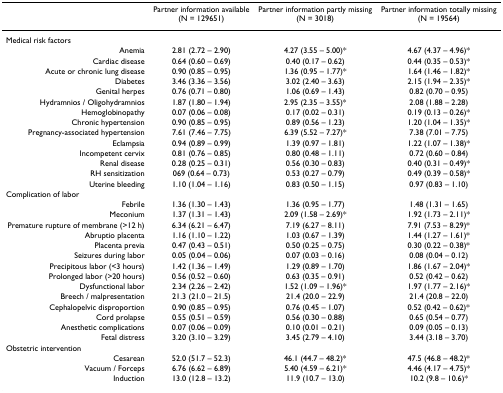
<table><thead><tr><td></td><td><b>Partner information available (N = 129651)</b></td><td><b>Partner information partly missing (N = 3018)</b></td><td><b>Partner information totally missing (N = 19564)</b></td></tr></thead><tbody><tr><td>Medical risk factors</td><td></td><td></td><td></td></tr><tr><td>Anemia</td><td>2.81 (2.72 – 2.90)</td><td>4.27 (3.55 – 5.00)*</td><td>4.67 (4.37 – 4.96)*</td></tr><tr><td>Cardiac disease</td><td>0.64 (0.60 – 0.69)</td><td>0.40 (0.17 – 0.62)</td><td>0.44 (0.35 – 0.53)*</td></tr><tr><td>Acute or chronic lung disease</td><td>0.90 (0.85 – 0.95)</td><td>1.36 (0.95 – 1.77)*</td><td>1.64 (1.46 – 1.82)*</td></tr><tr><td>Diabetes</td><td>3.46 (3.36 – 3.56)</td><td>3.02 (2.40 – 3.63)</td><td>2.15 (1.94 – 2.35)*</td></tr><tr><td>Genital herpes</td><td>0.76 (0.71 – 0.80)</td><td>1.06 (0.69 – 1.43)</td><td>0.82 (0.70 – 0.95)</td></tr><tr><td>Hydramnios / Oligohydramnios</td><td>1.87 (1.80 – 1.94)</td><td>2.95 (2.35 – 3.55)*</td><td>2.08 (1.88 – 2.28)</td></tr><tr><td>Hemoglobinopathy</td><td>0.07 (0.06 – 0.08)</td><td>0.17 (0.02 – 0.31)</td><td>0.19 (0.13 – 0.26)*</td></tr><tr><td>Chronic hypertension</td><td>0.90 (0.85 – 0.95)</td><td>0.89 (0.56 – 1.23)</td><td>1.20 (1.04 – 1.35)*</td></tr><tr><td>Pregnancy-associated hypertension</td><td>7.61 (7.46 – 7.75)</td><td>6.39 (5.52 – 7.27)*</td><td>7.38 (7.01 – 7.75)</td></tr><tr><td>Eclampsia</td><td>0.94 (0.89 – 0.99)</td><td>1.39 (0.97 – 1.81)</td><td>1.22 (1.07 – 1.38)*</td></tr><tr><td>Incompetent cervix</td><td>0.81 (0.76 – 0.85)</td><td>0.80 (0.48 – 1.11)</td><td>0.72 (0.60 – 0.84)</td></tr><tr><td>Renal disease</td><td>0.28 (0.25 – 0.31)</td><td>0.56 (0.30 – 0.83)</td><td>0.40 (0.31 – 0.49)*</td></tr><tr><td>RH sensitization</td><td>069 (0.64 – 0.73)</td><td>0.53 (0.27 – 0.79)</td><td>0.49 (0.39 – 0.58)*</td></tr><tr><td>Uterine bleeding</td><td>1.10 (1.04 – 1.16)</td><td>0.83 (0.50 – 1.15)</td><td>0.97 (0.83 – 1.10)</td></tr><tr><td>Complication of labor</td><td></td><td></td><td></td></tr><tr><td>Febrile</td><td>1.36 (1.30 – 1.43)</td><td>1.36 (0.95 – 1.77)</td><td>1.48 (1.31 – 1.65)</td></tr><tr><td>Meconium</td><td>1.37 (1.31 – 1.43)</td><td>2.09 (1.58 – 2.69)*</td><td>1.92 (1.73 – 2.11)*</td></tr><tr><td>Premature rupture of membrane (&gt;12 h)</td><td>6.34 (6.21 – 6.47)</td><td>7.19 (6.27 – 8.11)</td><td>7.91 (7.53 – 8.29)*</td></tr><tr><td>Abruptio placenta</td><td>1.16 (1.10 – 1.22)</td><td>1.03 (0.67 – 1.39)</td><td>1.44 (1.27 – 1.61)*</td></tr><tr><td>Placenta previa</td><td>0.47 (0.43 – 0.51)</td><td>0.50 (0.25 – 0.75)</td><td>0.30 (0.22 – 0.38)*</td></tr><tr><td>Seizures during labor</td><td>0.05 (0.04 – 0.06)</td><td>0.07 (0.03 – 0.16)</td><td>0.08 (0.04 – 0.12)</td></tr><tr><td>Precipitous labor (&lt;3 hours)</td><td>1.42 (1.36 – 1.49)</td><td>1.29 (0.89 – 1.70)</td><td>1.86 (1.67 – 2.04)*</td></tr><tr><td>Prolonged labor (&gt;20 hours)</td><td>0.56 (0.52 – 0.60)</td><td>0.63 (0.35 – 0.91)</td><td>0.52 (0.42 – 0.62)</td></tr><tr><td>Dysfunctional labor</td><td>2.34 (2.26 – 2.42)</td><td>1.52 (1.09 – 1.96)*</td><td>1.97 (1.77 – 2.16)*</td></tr><tr><td>Breech / malpresentation</td><td>21.3 (21.0 – 21.5)</td><td>21.4 (20.0 – 22.9)</td><td>21.4 (20.8 – 22.0)</td></tr><tr><td>Cephalopelvic disproportion</td><td>0.90 (0.85 – 0.95)</td><td>0.76 (0.45 – 1.07)</td><td>0.52 (0.42 – 0.62)*</td></tr><tr><td>Cord prolapse</td><td>0.55 (0.51 – 0.59)</td><td>0.56 (0.30 – 0.88)</td><td>0.65 (0.54 – 0.77)</td></tr><tr><td>Anesthetic complications</td><td>0.07 (0.06 – 0.09)</td><td>0.10 (0.01 – 0.21)</td><td>0.09 (0.05 – 0.13)</td></tr><tr><td>Fetal distress</td><td>3.20 (3.10 – 3.29)</td><td>3.45 (2.79 – 4.10)</td><td>3.44 (3.18 – 3.70)</td></tr><tr><td>Obstetric intervention</td><td></td><td></td><td></td></tr><tr><td>Cesarean</td><td>52.0 (51.7 – 52.3)</td><td>46.1 (44.7 – 48.2)*</td><td>47.5 (46.8 – 48.2)*</td></tr><tr><td>Vacuum / Forceps</td><td>6.76 (6.62 – 6.89)</td><td>5.40 (4.59 – 6.21)*</td><td>4.46 (4.17 – 4.75)*</td></tr><tr><td>Induction</td><td>13.0 (12.8 – 13.2)</td><td>11.9 (10.7 – 13.0)</td><td>10.2 (9.8 – 10.6)*</td></tr></tbody></table>